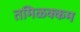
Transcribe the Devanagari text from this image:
तमिळक्कम